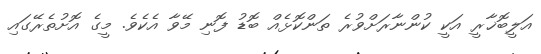
އަލީބޮޚާރީ އަކީ ކުންނާރަށްވުރެ ތަންކޮޅެއް ބޮޑު ފޮނި މޭވާ އެކެވެ. މީގެ އޮށުތެރޭގައި